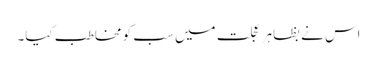
اس نے بظاہر عجلت میں سب کو مخاطب کیا۔